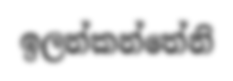
ඉලන්කන්තේනි